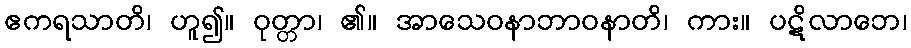
ဧကရသာတိ၊ ဟူ၍။ ဝုတ္တာ၊ ၏။ အာသေဝနာဘာဝနာတိ၊ ကား။ ပဋိလာဘေ၊